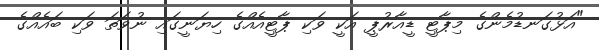
"އަޅުގަނޑުމެންގެ މިޕާޓީ ޑީއާރުޕީ އަކީ ވަކި ޕާޓީއެއްގެ ހިޔަނީގައި ނުވަތަ ވަކި ބައެއްގެ